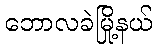
ဘောလခဲမြို့နယ်